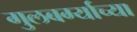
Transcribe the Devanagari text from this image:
गुलबर्ग्याच्या